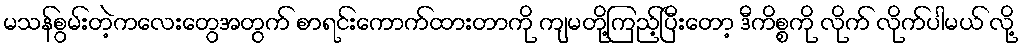
မသန်စွမ်းတဲ့ကလေးတွေအတွက် စာရင်းကောက်ထားတာကို ကျမတို့ကြည့်ပြီးတော့ ဒီကိစ္စကို လိုက် လိုက်ပါမယ် လို့